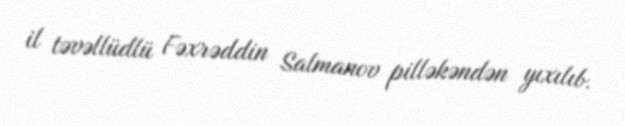
il təvəllüdlü Fəxrəddin Salmanov pilləkəndən yıxılıb.